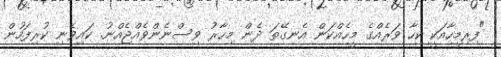
"ފިރިމީހާއަކީ ކިހާ ވަރެއްގެ މީހެއްކަން އެނގޭތަ ދެން މިހާރު ވިސްނެންވެއްޖެއްނު. ކައިވެނި ކުރިފަހުން